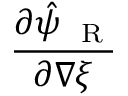
\frac { \partial \hat { \psi } _ { \mathrm { ~ \tiny ~ R ~ } } } { \partial { \nabla \xi } }